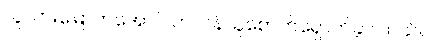
လူလားမြောက်အောင် တာဝန်ယူစောက်ရှောက်ခဲ့ပါတယ်။